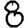
Digit: 8